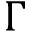
\Gamma